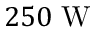
2 5 0 ~ \mathrm { W }